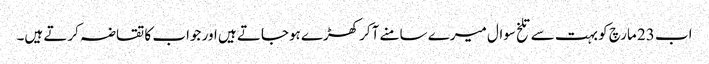
اب 23 مارچ کو بہت سے تلخ سوال میرے سامنے آکر کھڑے ہوجاتے ہیں اور جواب کا تقاضہ کرتے ہیں۔